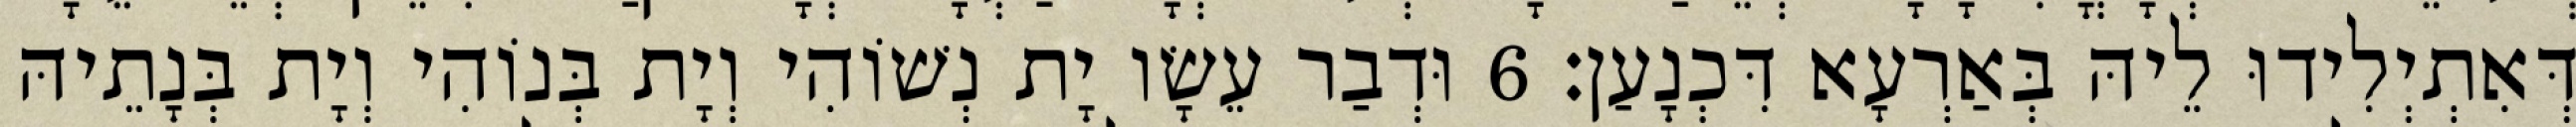
דְּאִתְיְלִידוּ לֵיהּ בְּאַרְעָא דִּכְנָעַן׃ 6 וּדְבַר עֵשָׂו יָת נְשׁוֹהִי וְיָת בְּנוֹהִי וְיָת בְּנָתֵיהּ